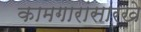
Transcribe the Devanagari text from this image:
कामगारांसारखे